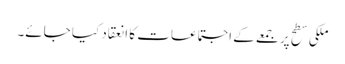
ملکی سطح پر جمعے کے اجتماعات کا انعقاد کیا جائے۔